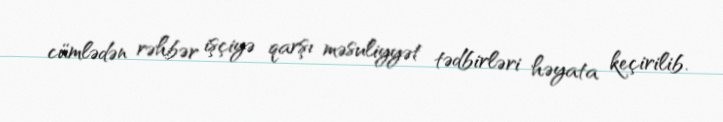
cümlədən rəhbər işçiyə qarşı məsuliyyət tədbirləri həyata keçirilib.